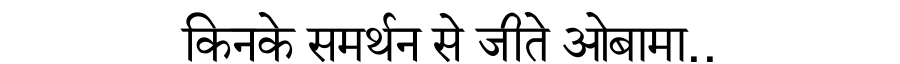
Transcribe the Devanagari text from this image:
किनके समर्थन से जीते ओबामा..